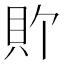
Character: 𫎑